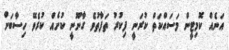
އަނެއް ކޮމިޓީން މަސައްކަތް ކުރަނީ ފިކުރު ތަފާތުވެ ގާނޫނީ ކުށެއް ކުރެވޭ ހިސާބަށް